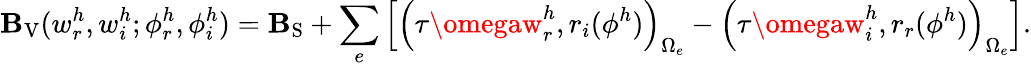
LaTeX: \mathbf{B}_{\mathrm{{V}}}(w_{r}^{h},w_{i}^{h};\phi_{r}^{h},\phi_{i}^{h})=\mathbf{B}_{\mathrm{{S}}}+\sum_{e}\left[\Big(\tau\omegaw_{r}^{h},r_{i}(\phi^{h})\Big)_{\Omega_{e}}-\Big(\tau\omegaw_{i}^{h},r_{r}(\phi^{h})\Big)_{\Omega_{e}}\right].